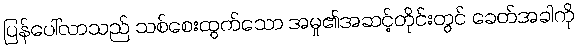
ပြန်ပေါ်လာသည် သစ်စေးထွက်သော အမှု၏အဆင့်တိုင်းတွင် ခေတ်အခါကို